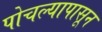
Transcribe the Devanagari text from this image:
पोचल्यापासून